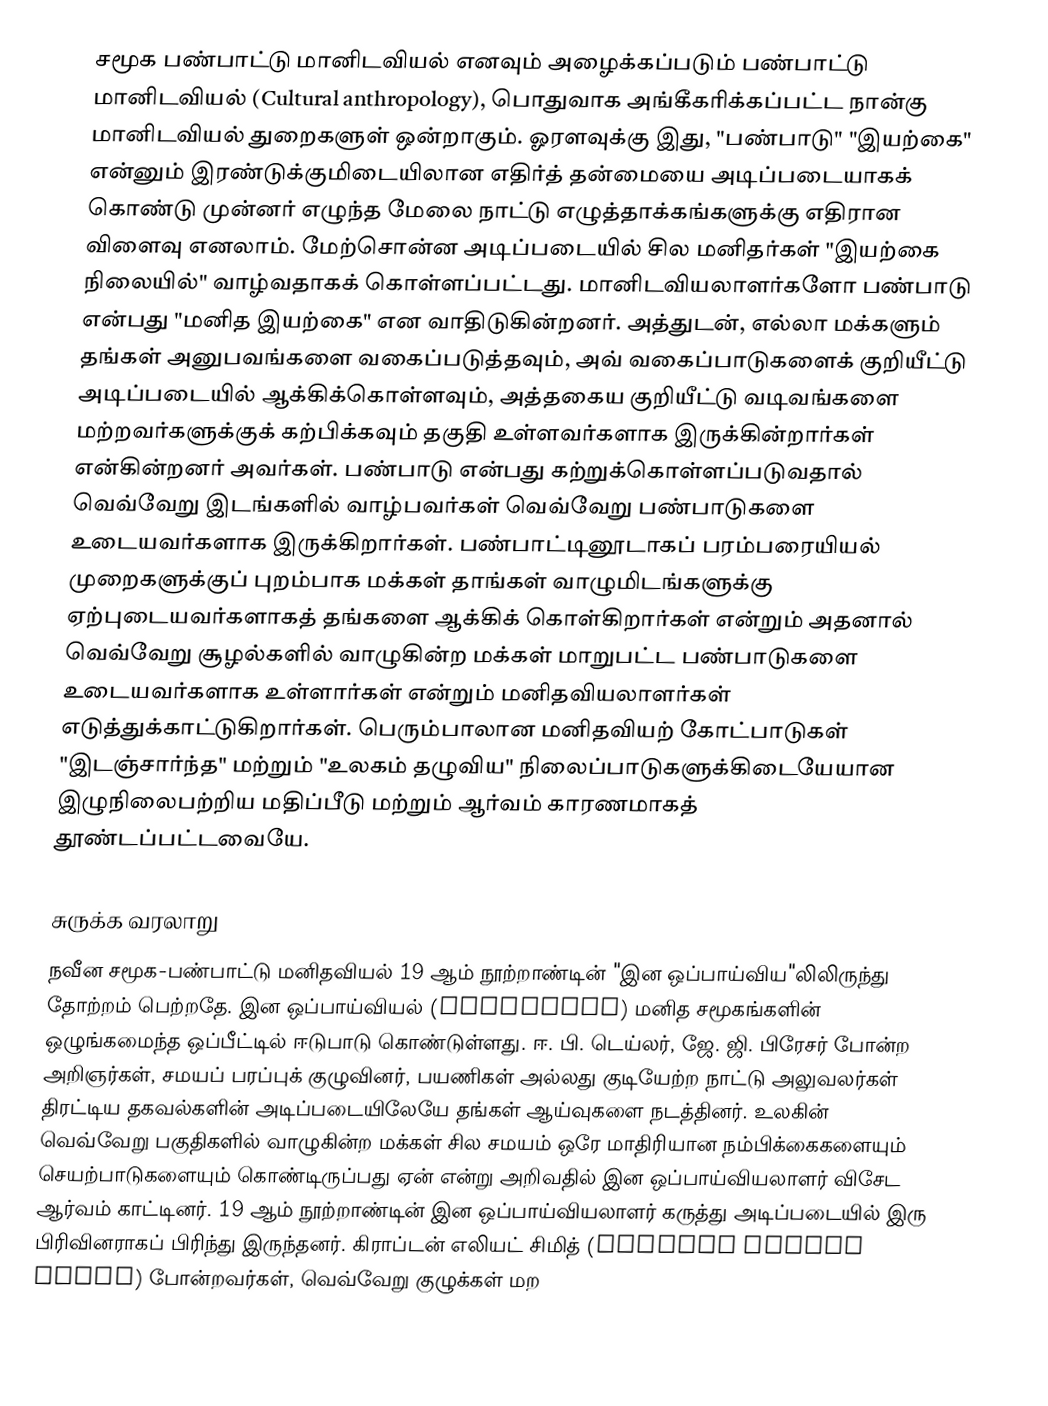
சமூக பண்பாட்டு மானிடவியல் எனவும் அழைக்கப்படும் பண்பாட்டு மானிடவியல் (Cultural anthropology), பொதுவாக அங்கீகரிக்கப்பட்ட நான்கு மானிடவியல் துறைகளுள் ஒன்றாகும். ஓரளவுக்கு இது, "பண்பாடு" "இயற்கை" என்னும் இரண்டுக்குமிடையிலான எதிர்த் தன்மையை அடிப்படையாகக் கொண்டு முன்னர் எழுந்த மேலை நாட்டு எழுத்தாக்கங்களுக்கு எதிரான விளைவு எனலாம். மேற்சொன்ன அடிப்படையில் சில மனிதர்கள் "இயற்கை நிலையில்" வாழ்வதாகக் கொள்ளப்பட்டது. மானிடவியலாளர்களோ பண்பாடு என்பது "மனித இயற்கை" என வாதிடுகின்றனர். அத்துடன், எல்லா மக்களும் தங்கள் அனுபவங்களை வகைப்படுத்தவும், அவ் வகைப்பாடுகளைக் குறியீட்டு அடிப்படையில் ஆக்கிக்கொள்ளவும், அத்தகைய குறியீட்டு வடிவங்களை மற்றவர்களுக்குக் கற்பிக்கவும் தகுதி உள்ளவர்களாக இருக்கின்றார்கள் என்கின்றனர் அவர்கள். பண்பாடு என்பது கற்றுக்கொள்ளப்படுவதால் வெவ்வேறு இடங்களில் வாழ்பவர்கள் வெவ்வேறு பண்பாடுகளை உடையவர்களாக இருக்கிறார்கள். பண்பாட்டினூடாகப் பரம்பரையியல் முறைகளுக்குப் புறம்பாக மக்கள் தாங்கள் வாழுமிடங்களுக்கு ஏற்புடையவர்களாகத் தங்களை ஆக்கிக் கொள்கிறார்கள் என்றும் அதனால் வெவ்வேறு சூழல்களில் வாழுகின்ற மக்கள் மாறுபட்ட பண்பாடுகளை உடையவர்களாக உள்ளார்கள் என்றும் மனிதவியலாளர்கள் எடுத்துக்காட்டுகிறார்கள். பெரும்பாலான மனிதவியற் கோட்பாடுகள் "இடஞ்சார்ந்த" மற்றும் "உலகம் தழுவிய" நிலைப்பாடுகளுக்கிடையேயான இழுநிலைபற்றிய மதிப்பீடு மற்றும் ஆர்வம் காரணமாகத் தூண்டப்பட்டவையே.

சுருக்க வரலாறு
நவீன சமூக-பண்பாட்டு மனிதவியல் 19 ஆம் நூற்றாண்டின் "இன ஒப்பாய்விய"லிலிருந்து தோற்றம் பெற்றதே. இன ஒப்பாய்வியல் (Ethnology) மனித சமூகங்களின் ஒழுங்கமைந்த ஒப்பீட்டில் ஈடுபாடு கொண்டுள்ளது. ஈ. பி. டெய்லர், ஜே. ஜி. பிரேசர் போன்ற அறிஞர்கள், சமயப் பரப்புக் குழுவினர், பயணிகள் அல்லது குடியேற்ற நாட்டு அலுவலர்கள் திரட்டிய தகவல்களின் அடிப்படையிலேயே தங்கள் ஆய்வுகளை நடத்தினர். உலகின் வெவ்வேறு பகுதிகளில் வாழுகின்ற மக்கள் சில சமயம் ஒரே மாதிரியான நம்பிக்கைகளையும் செயற்பாடுகளையும் கொண்டிருப்பது ஏன் என்று அறிவதில் இன ஒப்பாய்வியலாளர் விசேட ஆர்வம் காட்டினர். 19 ஆம் நூற்றாண்டின் இன ஒப்பாய்வியலாளர் கருத்து அடிப்படையில் இரு பிரிவினராகப் பிரிந்து இருந்தனர். கிராப்டன் எலியட் சிமித் (Grafton Elliot Smith) போன்றவர்கள், வெவ்வேறு குழுக்கள் மற